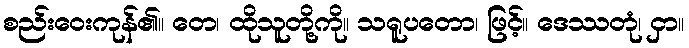
စည်းဝေးကုန်၏။ တေ၊ ထိုသူတို့ကို။ သရူပတော၊ ဖြင့်။ ဒေဿတုံ၊ ငှာ။